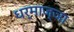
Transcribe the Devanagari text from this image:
धर्माज्ञा